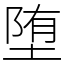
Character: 堕